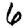
Digit: 6